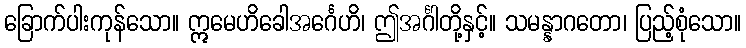
ခြောက်ပါးကုန်သော။ ဣမေဟိခေါအင်္ဂေဟိ၊ ဤအင်္ဂါတို့နှင့်။ သမန္နာဂတော၊ ပြည့်စုံသော။